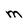
Character: m